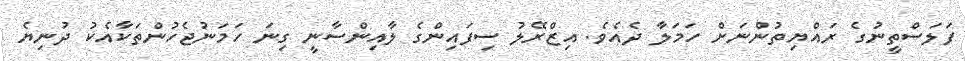
ފަލަސްތީނުގެ ރައްޔިތުންނަށް ހަަމަލާ ދެއެވެ. އިޒްރޭލު ސިފައިންގެ ލާއިންސާނީ ގިނަ ހަމަނުޖެހުންތަކާއެކު ދުނިޔެ